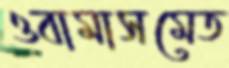
ওবামাসমেত